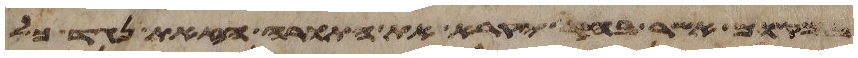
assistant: במקום אשר בחר יקרא את התורה הזאת נגד כל